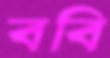
ববি